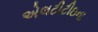
એલટીટીઇના